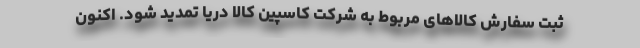
ثبت سفارش کالاهای مربوط به شرکت کاسپین کالا دریا تمدید شود. اکنون